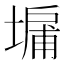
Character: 𪤔